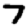
Digit: 7